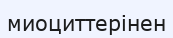
миоциттерінен